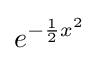
e^{-{\frac {1}{2}}x^{2}}